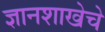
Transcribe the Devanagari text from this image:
ज्ञानशाखेचे